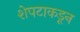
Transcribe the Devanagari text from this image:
शेपटाकडून